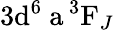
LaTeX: \mathrm{3d^{6}\ a\, ^{3}F}_{J}